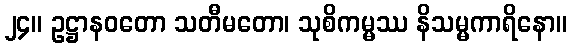
၂၄။ ဥဋ္ဌာနဝတော သတီမတော၊ သုစိကမ္မဿ နိသမ္မကာရိနော။